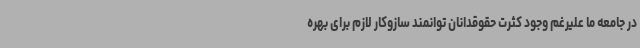
در جامعه ما علیرغم وجود کثرت حقوقدانان توانمند سازوکار لازم برای بهره